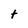
Character: t